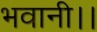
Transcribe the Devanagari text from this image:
भवानी।।